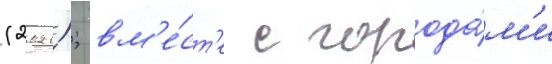
(2021); вм'е́ст'е с города́м'и